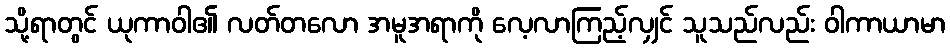
သို့ရာတွင် ယုကာဝါ၏ လတ်တလော အမူအရာကို လေ့လာကြည့်လျှင် သူသည်လည်း ဝါကာယာမာ